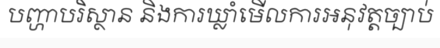
បញ្ហាបរិស្ថាន និងការឃ្លាំមើលការអនុវត្តច្បាប់